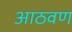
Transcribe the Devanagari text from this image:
अाठवण